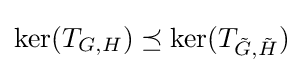
\ker(T_{G,H})\preceq \ker(T_{{\tilde {G}},{\tilde {H}}})